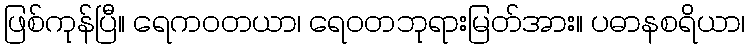
ဖြစ်ကုန်ပြီ။ ရေကဝတယာ၊ ရေဝတဘုရားမြတ်အား။ ပဓာနစရိယာ၊